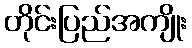
တိုင်းပြည်အကျိုး